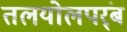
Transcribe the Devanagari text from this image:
तलयोलपर्ंब